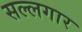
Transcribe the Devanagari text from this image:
सल्लगार